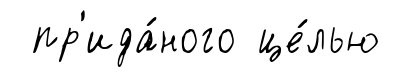
пр'ида́ного це́лью